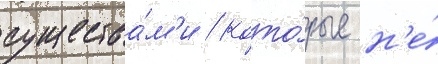
существа́м'и / кото́рые н'е́